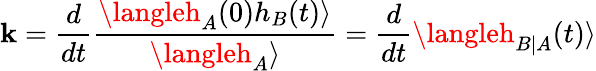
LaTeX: \mathbf{k}=\frac{{d}}{{dt}}\frac{{\langleh_{A}(0)h_{B}(t)\rangle}}{{\langleh_{A}\rangle}}=\frac{{d}}{{dt}}\langleh_{B|A}(t)\rangle